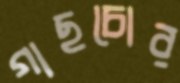
গাছচোর